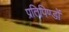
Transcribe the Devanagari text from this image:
प्रतिपिण्डों